Civil Veterinary Department Bihar reports 1936-40 - 1936-1940
Year: 1936
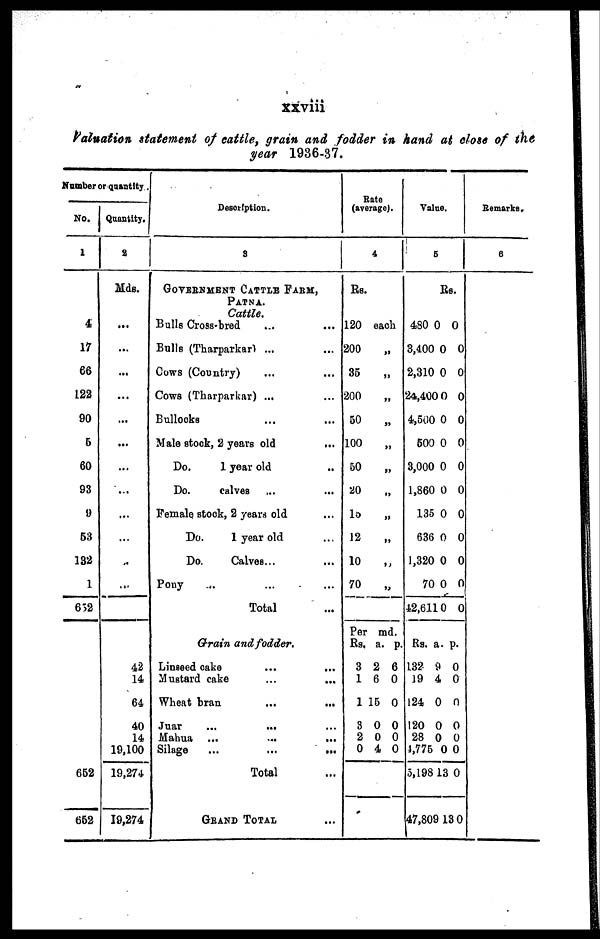
xxviii
Valuation statement of cattle, grain and fodder in hand at close of the
year 1936-37.
Number or quantity.
No.
1
4
17
66
122
90
5
60
93
9
53
132
1
652
652
652
Quantity.
2
Mds.
...
...
...
...
...
...
...
...
...
...
..
...
42
14
64
40
14
19,100
19,274
19,274
Description.
3
GOVERNMENT CATTLE FARM,
Patna.
Cattle.
Bulls Cross-bred … …
Bulls (Tharparkar) ... ...
Cows (Country) … …
Cows (Tharparkar) ...
Bullocks ... ...
Male stock, 2 years old
...
Do.
1 year old …
Do.
calves … …
Female stock, 2 years old ...
Do.
1 year old …
Do.
Calves ... ...
Pony … … …
Total …
Grain and fodder.
Linseed cake
...
...
Mustard cake
...
...
Wheat bran … …
Juar
...
... ...
Mahua ... ... ...
Silage
...
...
...
Total …
GRAND TOTAL ...
Rate
(aveage).
4
Rs.
120
200
35
200
50
100
50
20 „
10 „
12
10
70
eac
h
„
„
„
„
„
„
„
„
Per
Rs.
3
1
1
3
2
0
md.
a.
2
6
15
0
0
4
p.
6
0
0
0
0
0
Value.
6
Rs.
480 0 0
3,400 0 0
2,310 0 0
24,400 0 0
4,500 0 0
500 0 0
3,000 0 0
1,860 0 0
135 0 0
636 0 0
1,320 0 0
70 0 0
42,6110 0
Rs. a. p.
132 9 0
19 4 0
124 0 0
120 0 0
28 0 0
4,775 0 0
5,198 13 0
47,809 13 0
Remarks.
6